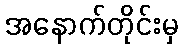
အနောက်တိုင်းမှ